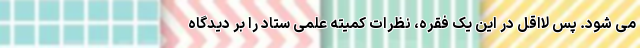
می شود. پس لااقل در این یک فقره، نظرات کمیته علمی ستاد را بر دیدگاه